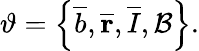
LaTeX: \vartheta=\left\{ \overline{{b}},\overline{{\mathbf{r}}},\overline{{I}},\mathcal{B}\right\} .